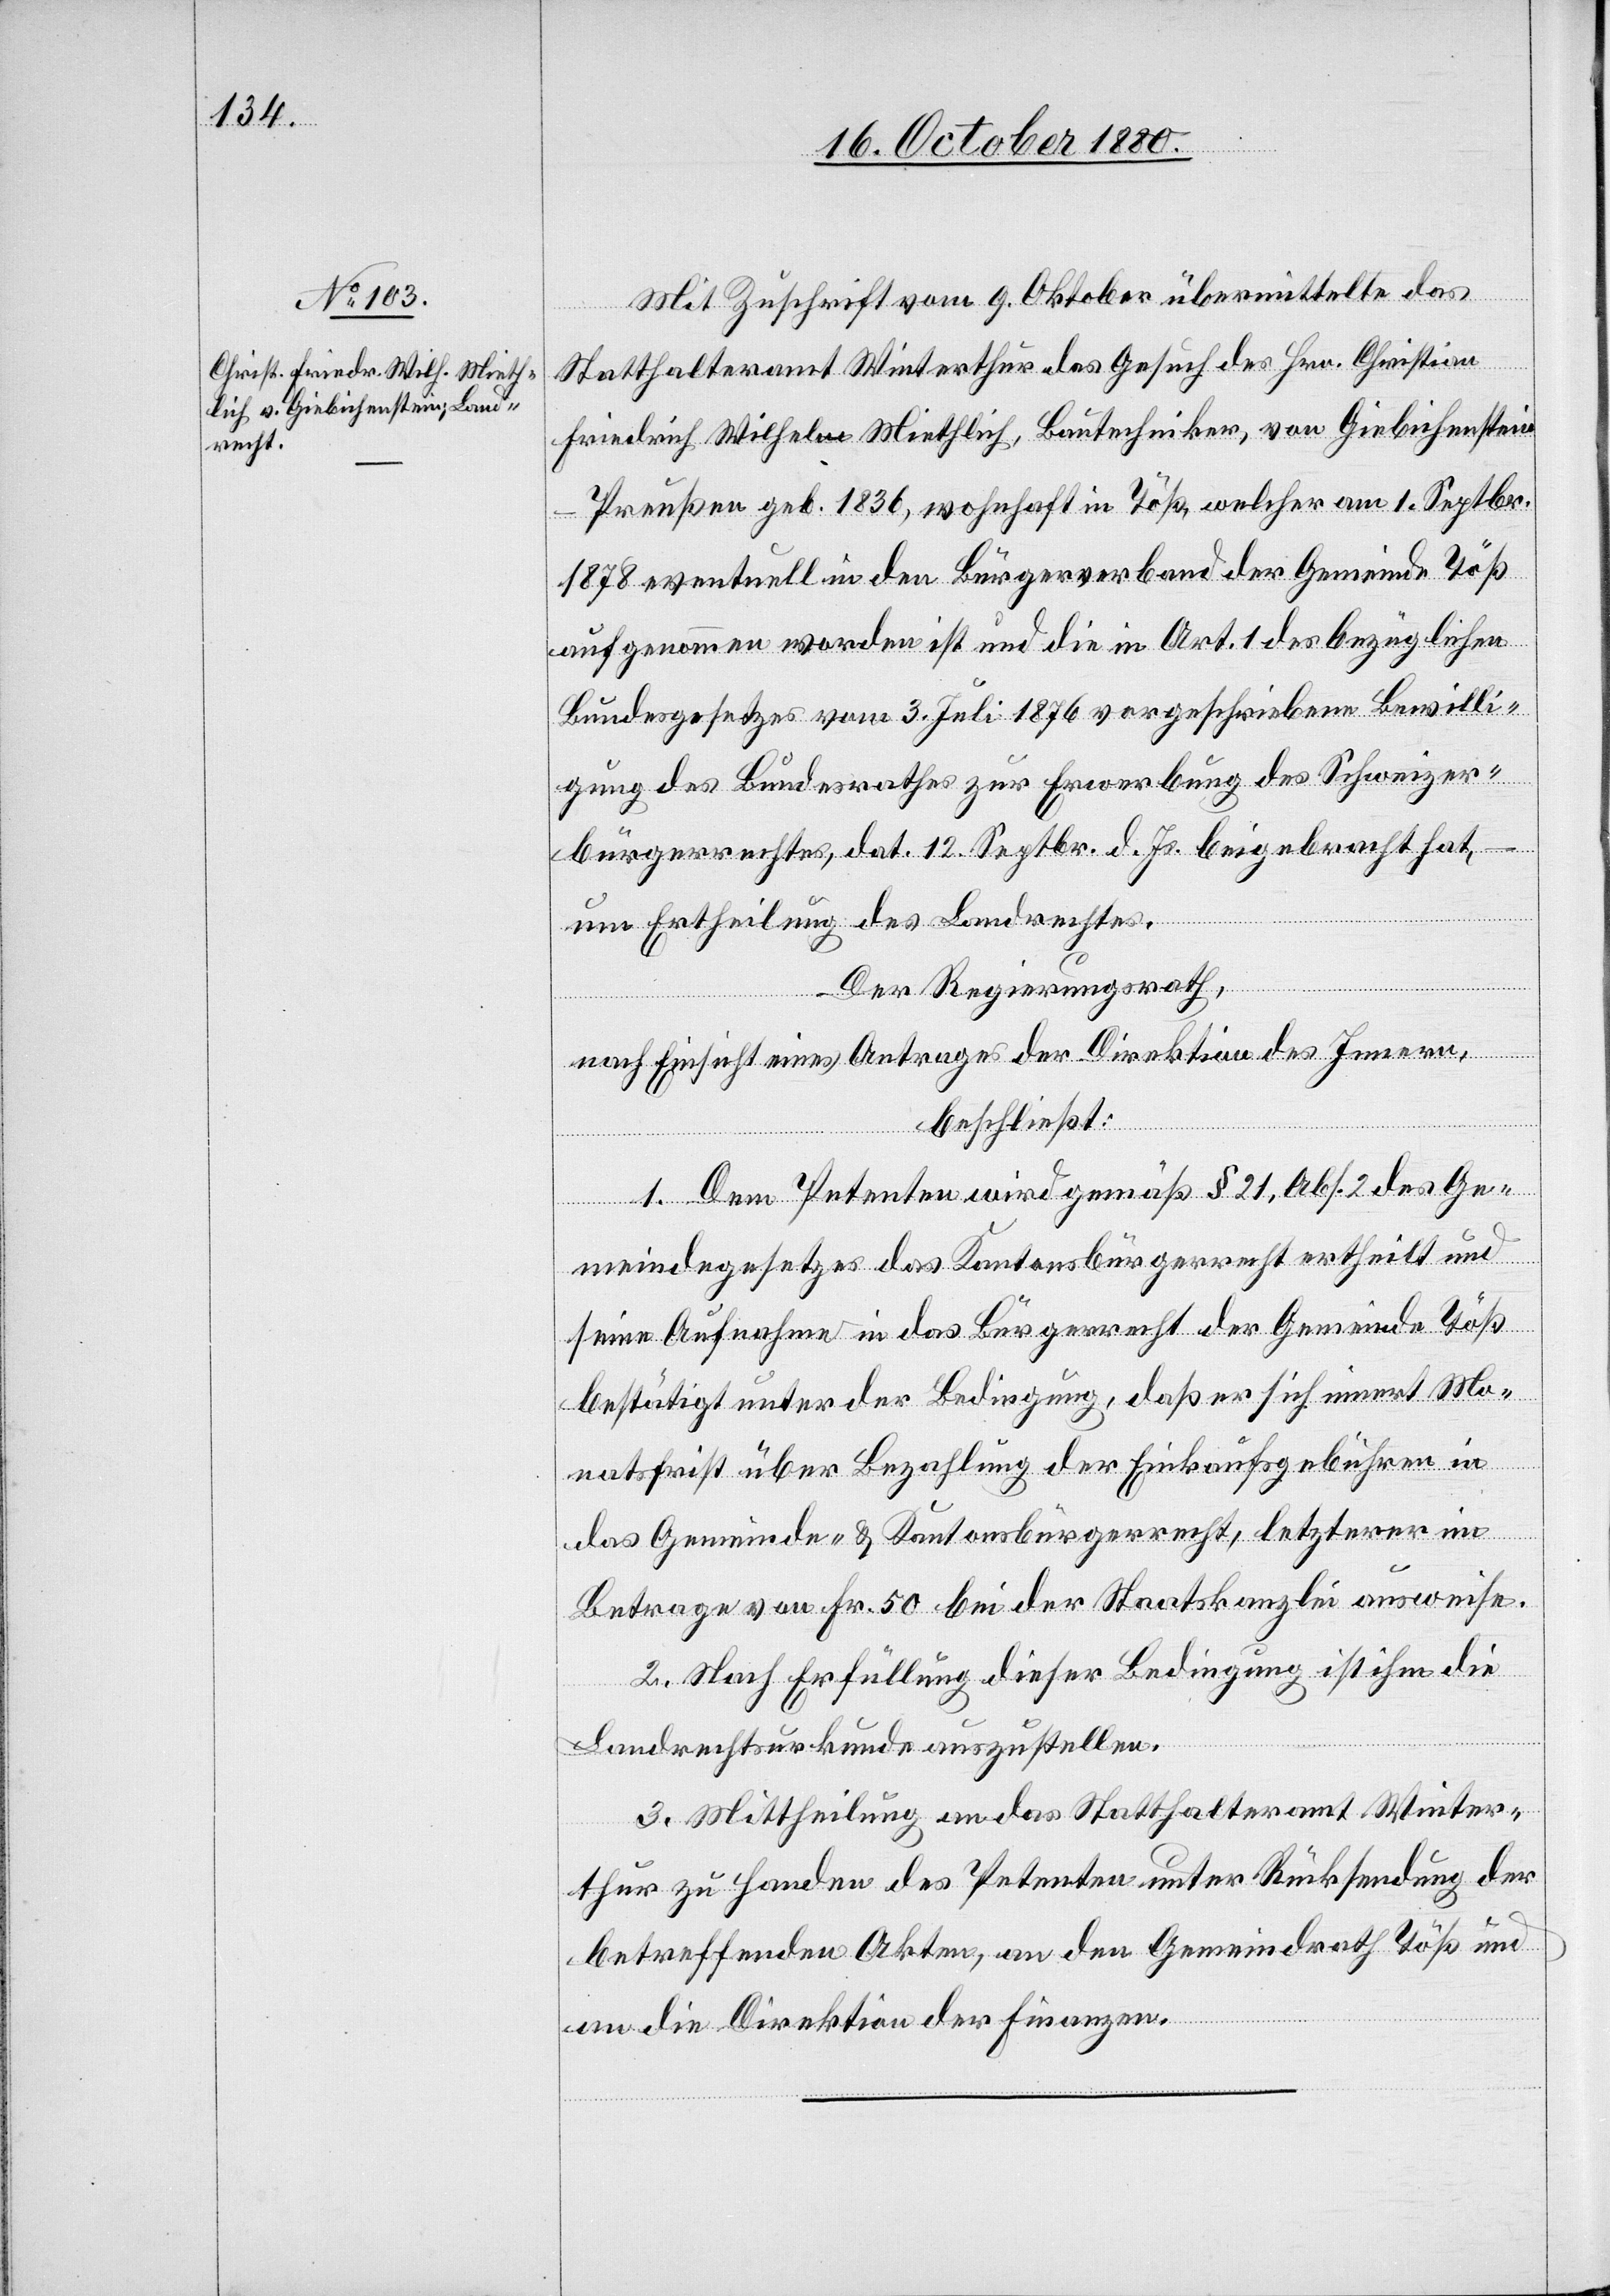
Mit Zuschrift vom 9. Oktober übermittelte das
Statthalteramt Winterthur das Gesuch des Hrn. Christian
Friedrich Wilhelm Miethlich, Bautechniker, von Giebichenstein
Preußen geb. 1836, wohnhaft in Töß, welcher am 1. Septbr.
1878 eventuell in den Bürgerverband der Gemeinde Töß
aufgenommen worden ist und die in Art. 1 des bezüglichen
Bundesgesetzes vom 3. Juli 1876 vorgeschriebenen Bewilli¬
gung des Bundesrathes zur Erwerbung des Schweizer¬
bürgerrechts, dat. 12. Septbr. d. Js. beigebracht hat,
um Ertheilung des Landrechtes.
–
Der Regierungsrath,
nach Einsicht eines Antrages der Direktion des Innern,
beschließt:
1. Dem Petenten wird gemäß § 21, Abs. 2 des Ge¬
meindegesetzes das Kantonsbürgerrecht ertheilt und
seine Aufnahme in das Bürgerrecht der Gemeinde Töß
bestätigt unter der Bedingung, daß er sich innert Mo¬
natsfrist über Bezahlung der Einkaufsgebühren in
das Gemeinde- & Kantonsbürgerrecht, letzterer im
Betrage von Fr. 50 bei der Staatskanzlei ausweise.
2. Nach Erfüllung dieser Bedingung ist ihm die
Landrechtsurkunde auszustellen.
3. Mittheilung an das Statthalteramt Winter¬
thur zu Handen des Petenten unter Rücksendung der
betreffenden Akten, an den Gemeindrath Töß und
an die Direktion der Finanzen.